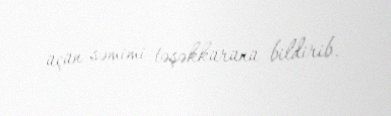
üçün səmimi təşəkkürünü bildirib.